Rangoon Lunatic Asylum 1893-1897 - 1893-1897
Year: 1893
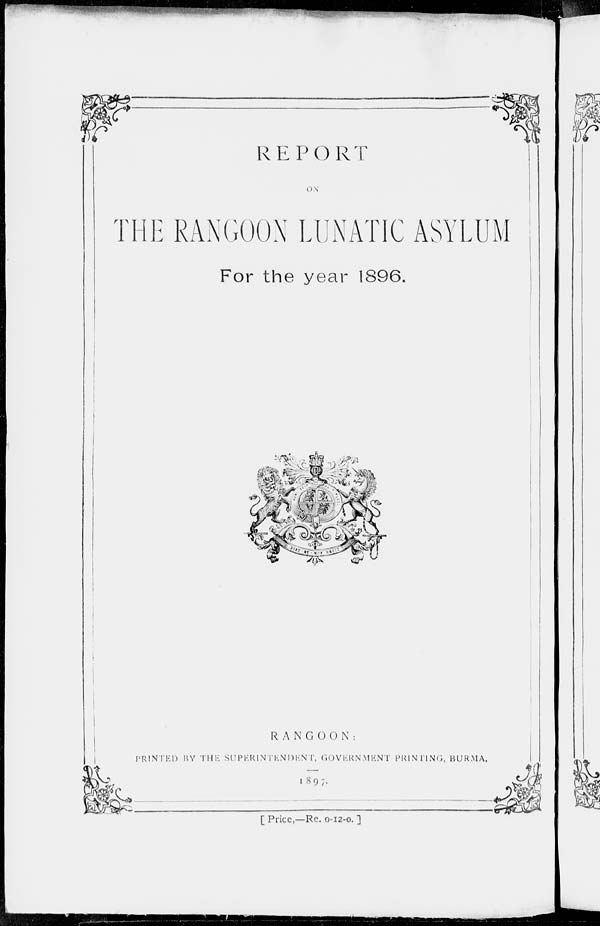
REPORT
ON
THE RANGOON LUNATIC ASYLUM
For the year 1896.
RANGOON :
PRINTED BY THE SUPERINTENDENT, GOVERNMENT PRINTING, BURMA.
1897.
[ Price,—Re. 0-12-0. ]